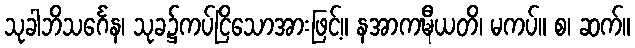
သုခါဘိသင်္ဂေန၊ သုခ၌ကပ်ငြိသောအားဖြင့်။ နအာကဍ္ဎီယတိ၊ မကပ်။ စ၊ ဆက်။